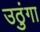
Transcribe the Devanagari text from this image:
उठुंगा